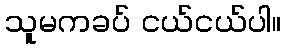
သူမကခပ် ငယ်ငယ်ပါ။